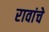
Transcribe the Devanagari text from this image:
रावांचे